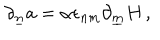
\partial _ { \underline { { { n } } } } a = \alpha \epsilon _ { n m } \partial _ { \underline { { { m } } } } H \, ,